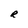
Character: R